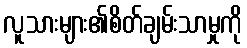
လူသားများ၏စိတ်ချမ်းသာမှုကို